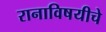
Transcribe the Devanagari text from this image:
रानाविषयीचे